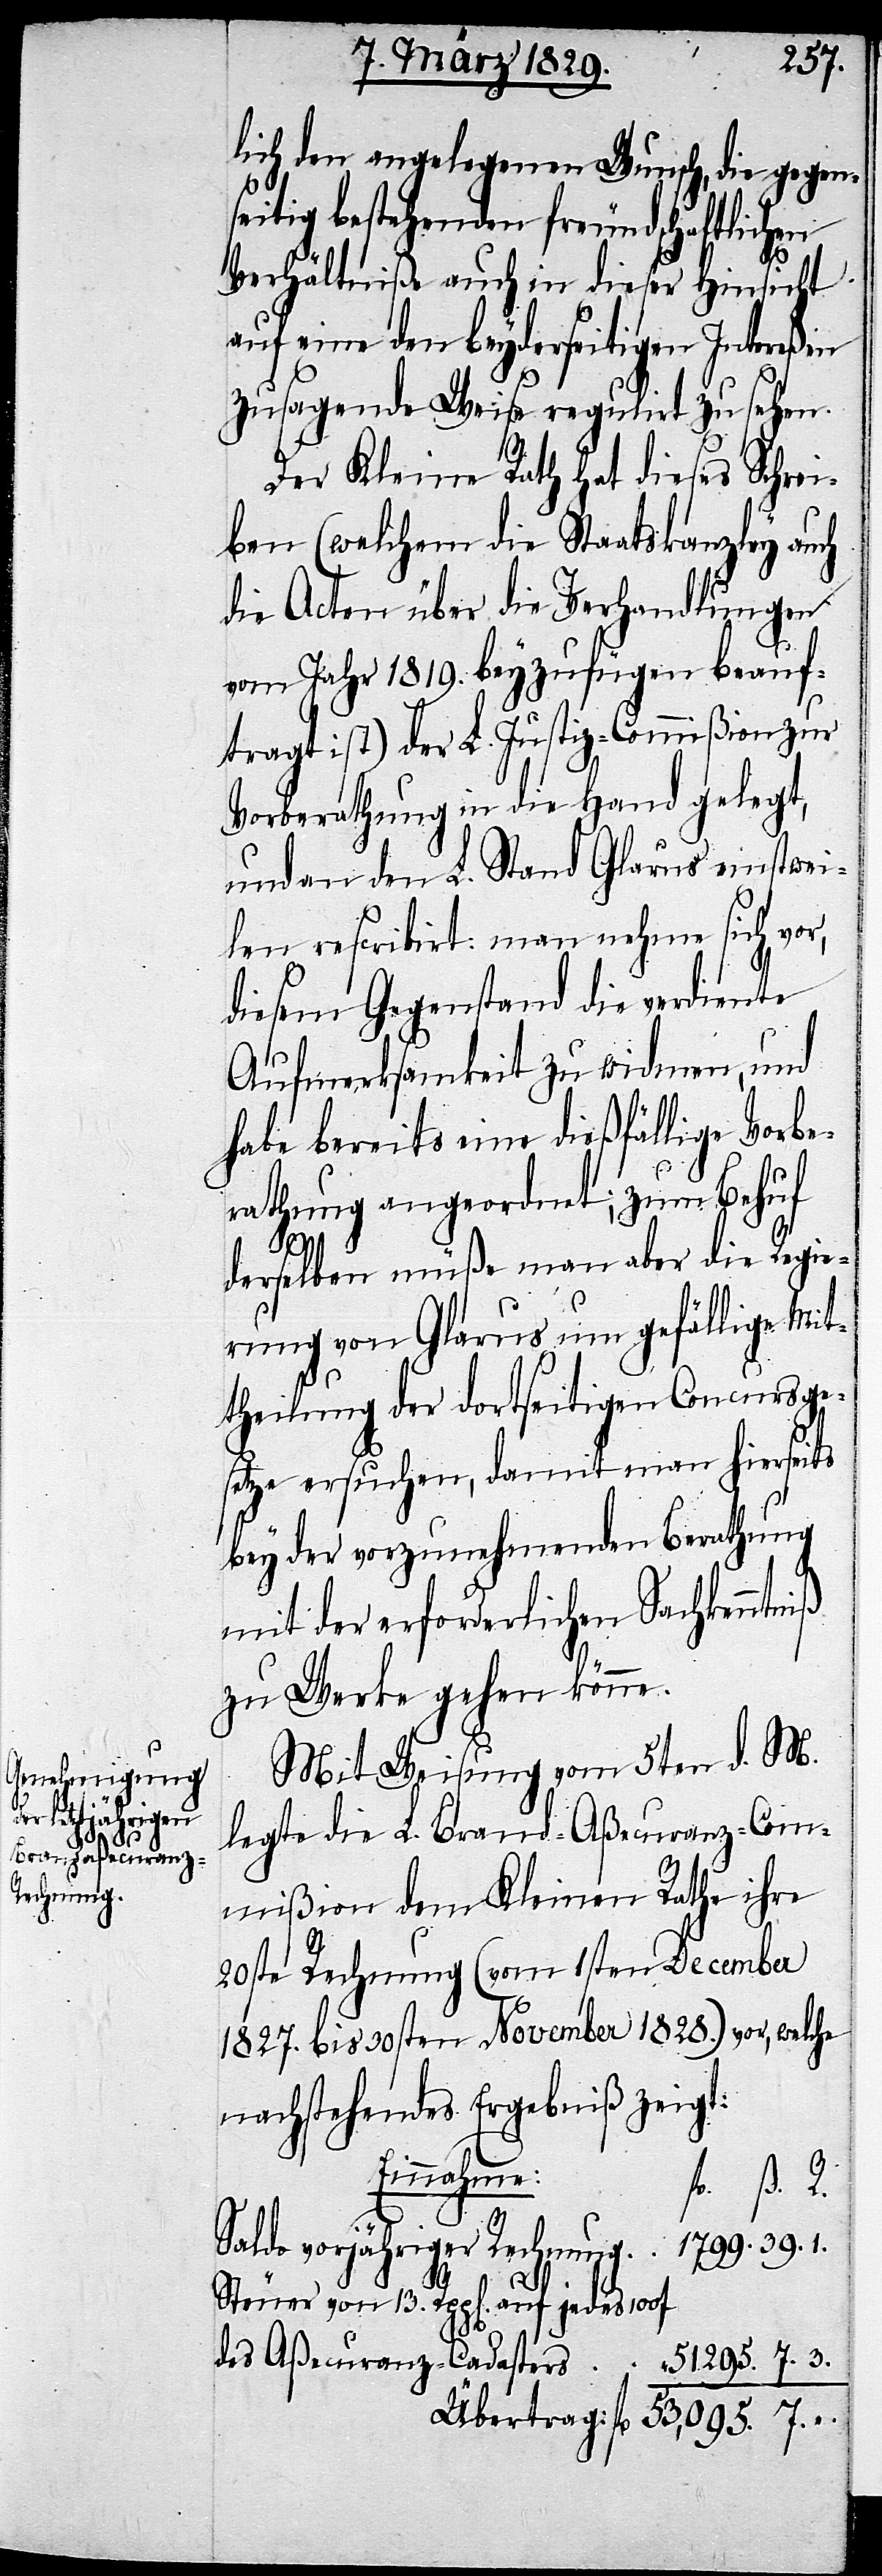
Rechnung

lich den angelegenen Wunsch, die gegen¬
seitig bestehenden freundschaftlichen
Verhältniße auch in dieser Hinsicht
auf eine den beyderseitigen Intereßen
zusagende Weise regulirt zu sehen.
Der Kleine Rath hat dieses Schre¬
iben (welchem die Staatskanzley auch
die Acten über die Verhandlungen
im Jahr 1819. beyzufügen beauf¬
tragt ist) der L. Justiz-Commißion zur
Vorberathung in die Hand gelegt,
und an den L. Stand Glarus einstwei¬
len rescribirt: man nehme sich vor,
diesem Gegenstand die verdiente
Aufmerksamkeit zu widmen, und
habe bereits eine dießfällige Vorbe¬
rathung angeordnet; zum Behuf
1799.
derselben müße man aber die Regie¬
rung von Glarus um gefällige Mit¬
theilung der dortseitigen Concursge¬
1.
setze ersuchen, damit man hierseits
bey der vorzunehmenden Berathung
mit der erforderlichen Sachkenn¬
zu Werke gehen könne.
Mit Weisung vom 5ten d. M.
legte die L. Brand-Aßecuranz-Com¬
mißion dem Kleinen Rathe ihre
20ste Rechnung (vom 1sten December
1827. bis 20sten November 1828.) vor, welche
nachstehendes Ergebniß zeigt:
Einnahme:
fl. ß. R.
Steuer von 13. Rpp[en]. auf jedes 100st
des Aßecuranz-Cadasters 51295. 7. 3.